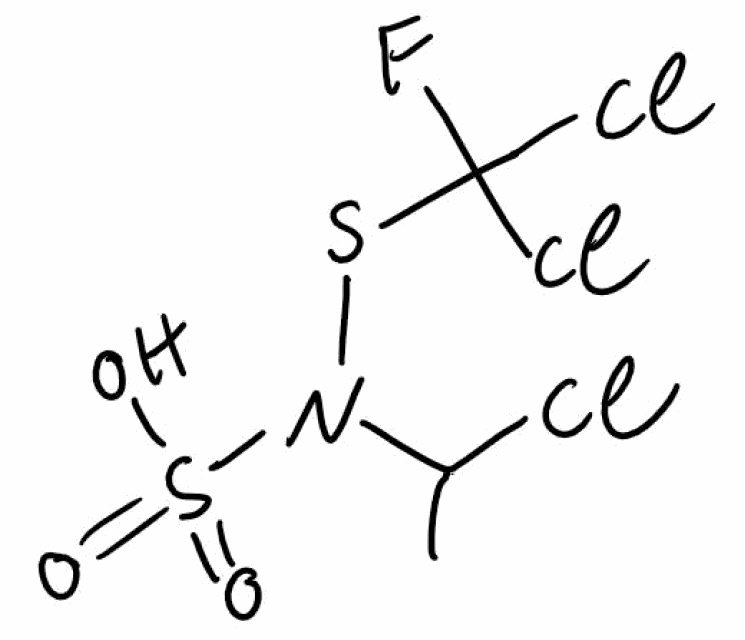
Simplified molecular-input line-entry system (SMILES) notation of the given molecule:
CC(N(SC(F)(Cl)Cl)S(=O)(=O)O)Cl